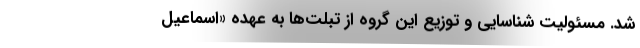
شد. مسئولیت شناسایی و توزیع این گروه از تبلت‌ها به عهده «اسماعیل